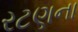
રટણના